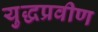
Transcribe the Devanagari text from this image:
युद्धप्रवीण